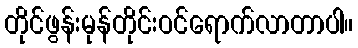
တိုင်ဖွန်းမုန်တိုင်းဝင်ရောက်လာတာပါ။